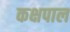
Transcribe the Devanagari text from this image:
कक्षपाल